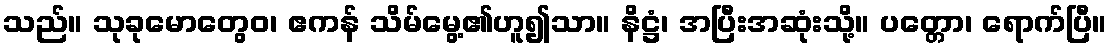
သည်။ သုခုမောတွေဝ၊ ဧကန် သိမ်မွေ့၏ဟူ၍သာ။ နိဋ္ဌံ၊ အပြီးအဆုံးသို့။ ပတ္တော၊ ရောက်ပြီ။